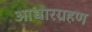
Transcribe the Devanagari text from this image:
आधारग्रहण